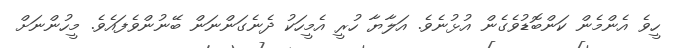
ހީވެ އެންމެން ކަންބޮޑުވެގެން އުޅުނެވެ. އަލާޔާ ހުރީ އެމީހަކު ދެނެގަންނަން ބޭނުންވެފައެވެ. މީހުންނަށް